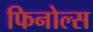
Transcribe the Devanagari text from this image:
फिनोल्स